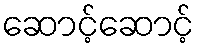
ဆောင့်ဆောင့်